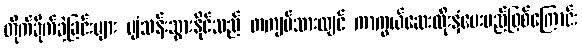
တိုက်ခိုက်ခဲ့ခြင်းများ ပျံသန်းသွားနိုင်သည် တကျပ်သားလျင် ကာကွယ်ဆေးထိုးနှံပေးမည်ဖြစ်ကြောင်း